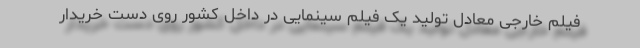
فیلم خارجی معادل تولید یک فیلم سینمایی در داخل کشور روی دست خریدار